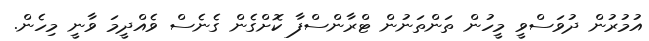
އުމުރުން ދުވަސްވީ މީހުން ތަންތަނުން ޓްރާންސްފާ ކޮށްގެން ގެނެސް ވެއްދީމަ ވާނީ މިހެން.